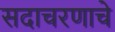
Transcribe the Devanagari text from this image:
सदाचरणाचे